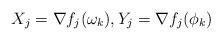
LaTeX: \begin{align*}X_j=\nabla f_j(\omega_k), Y_j=\nabla f_j(\phi_k)\end{align*}